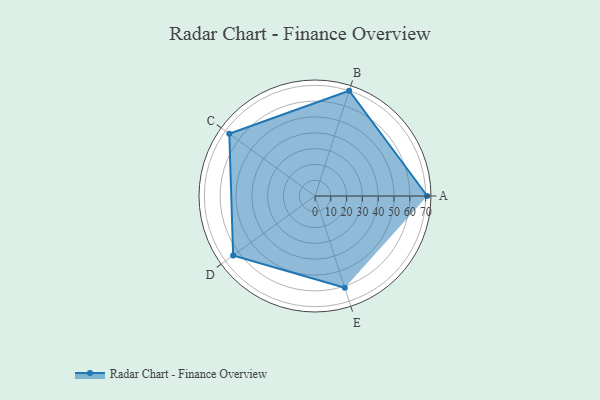
{"axis": {"x": "Skill", "y": "Score"}, "legend": ["Profile"], "data": [{"x": "A", "y": 71.0, "type": "Profile"}, {"x": "B", "y": 70.0, "type": "Profile"}, {"x": "C", "y": 67.0, "type": "Profile"}, {"x": "D", "y": 64.0, "type": "Profile"}, {"x": "E", "y": 61.0, "type": "Profile"}]}